Bréfritari: Páll Sigurðsson
Viðtakandi: Jón Borgfirðingur
Dagsetning: A-1868-02-22
Skrifað á: Árkvörn  Rang.

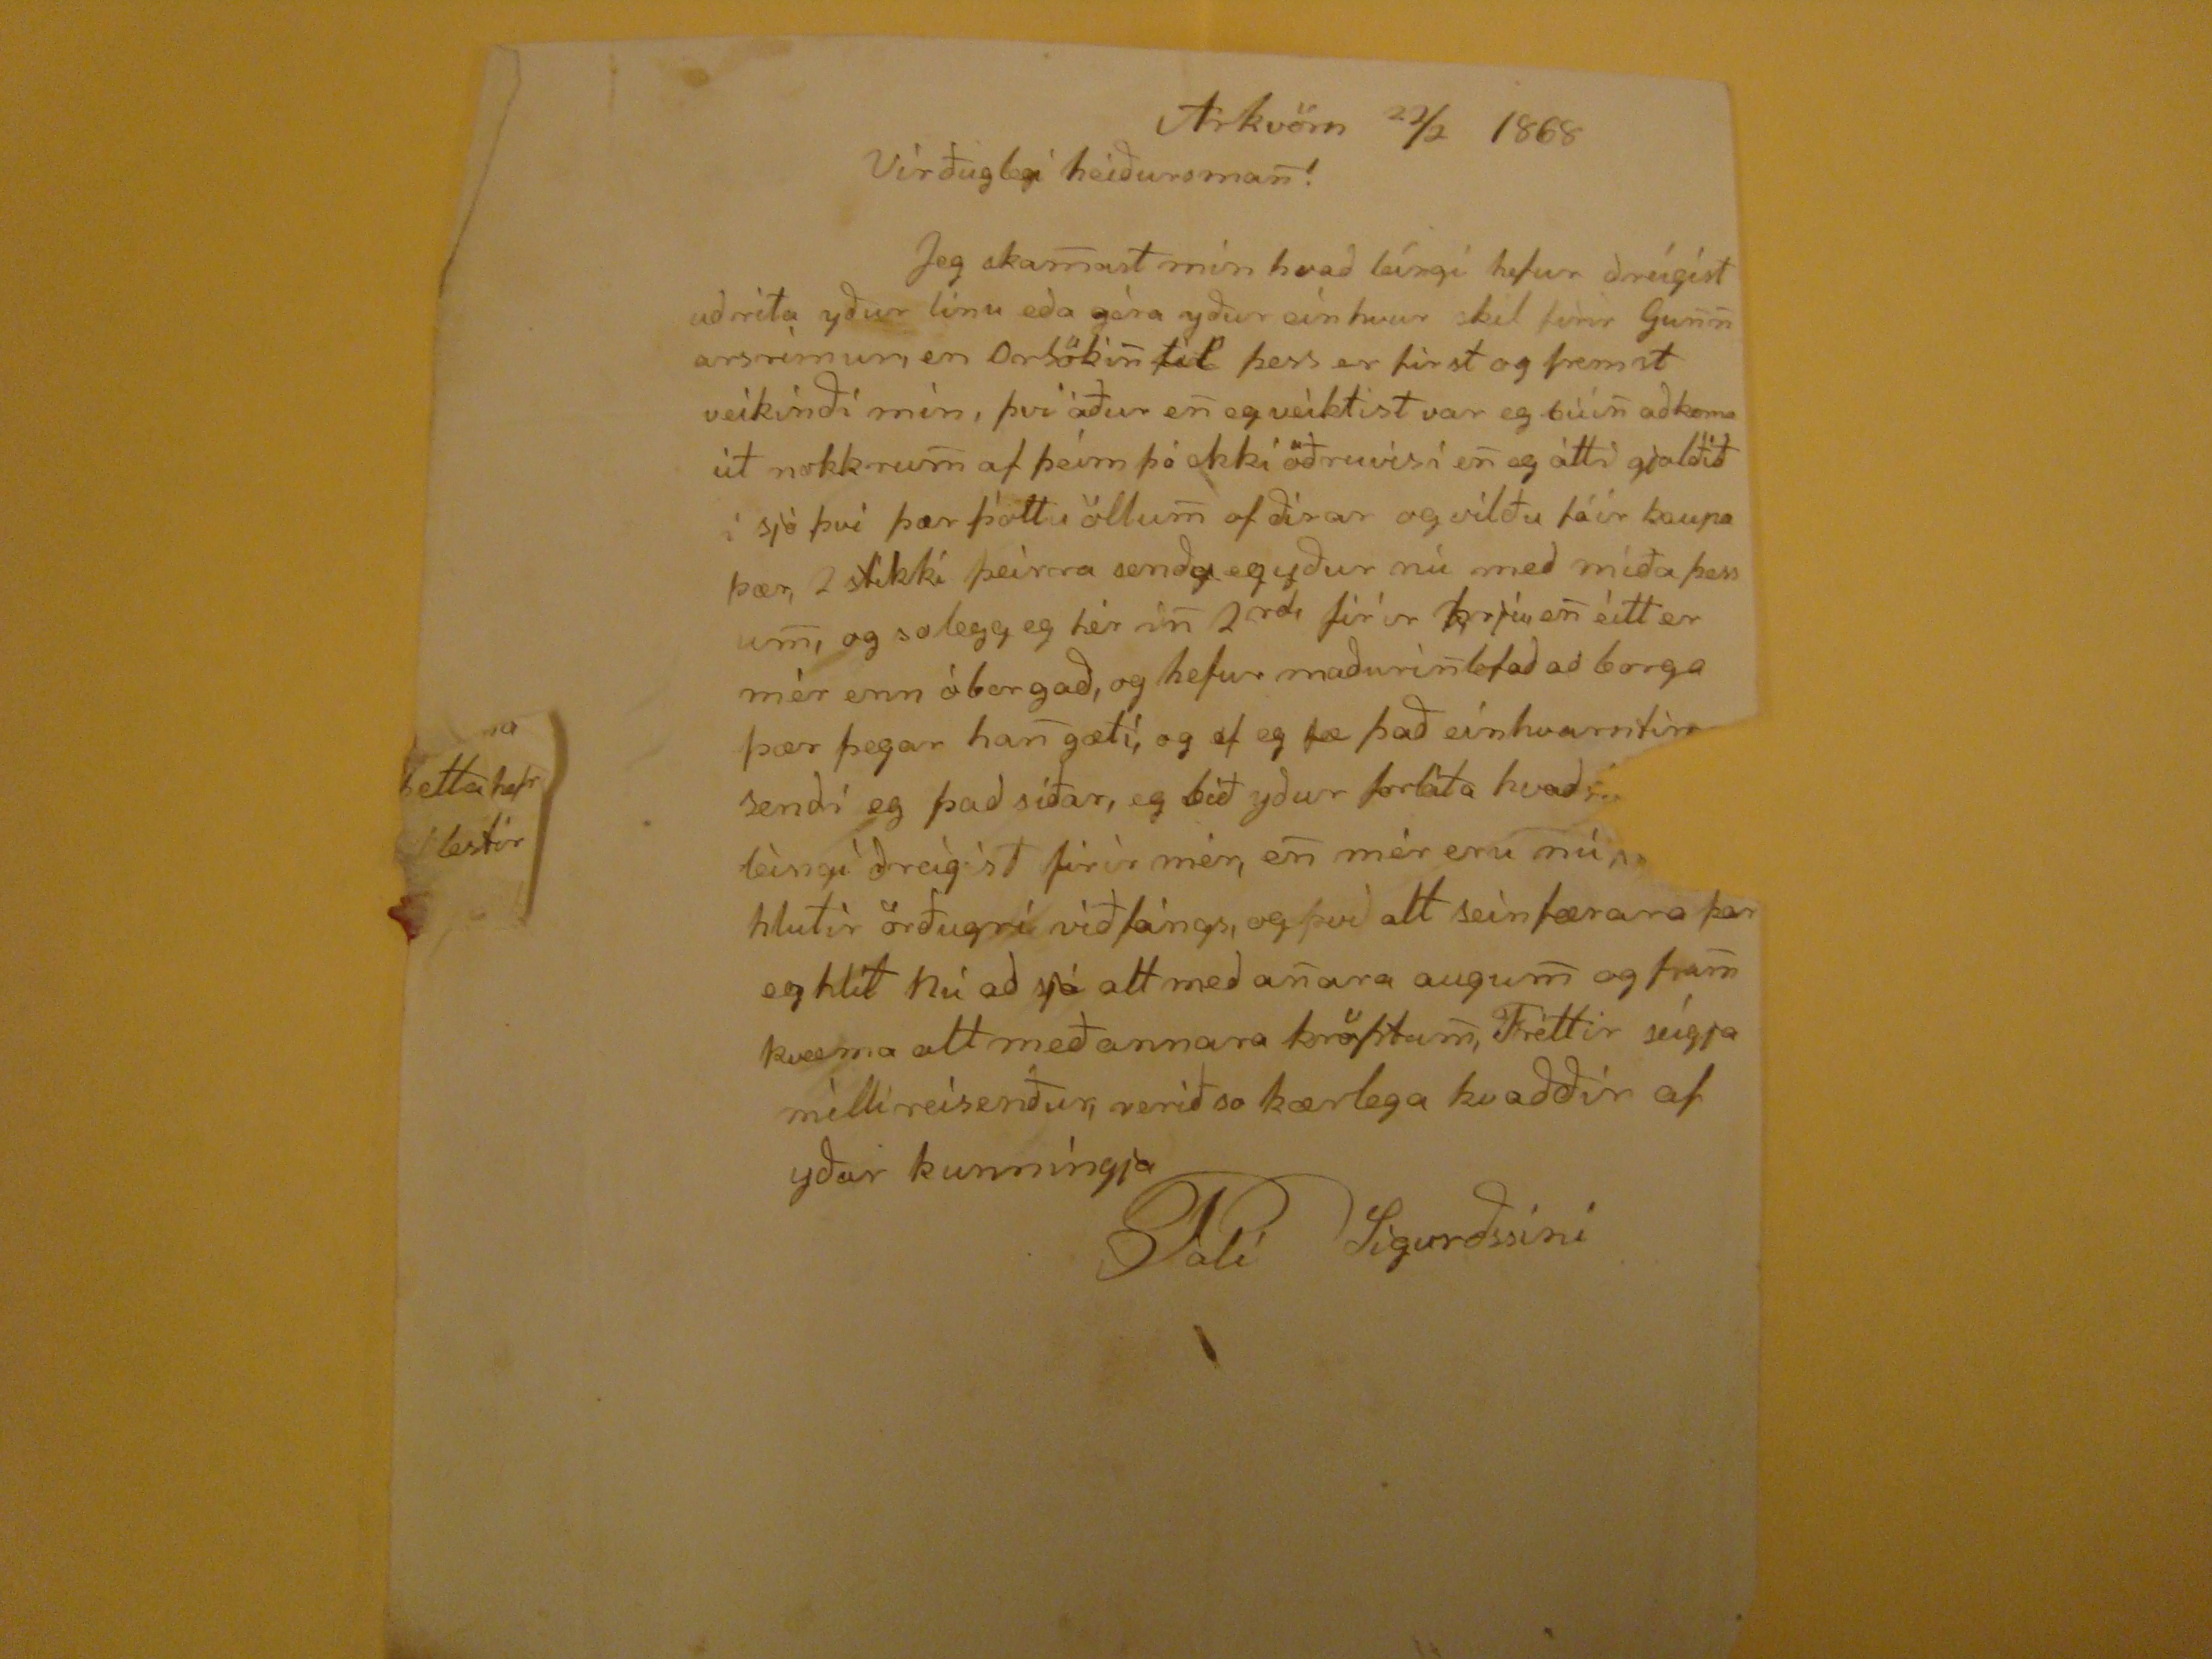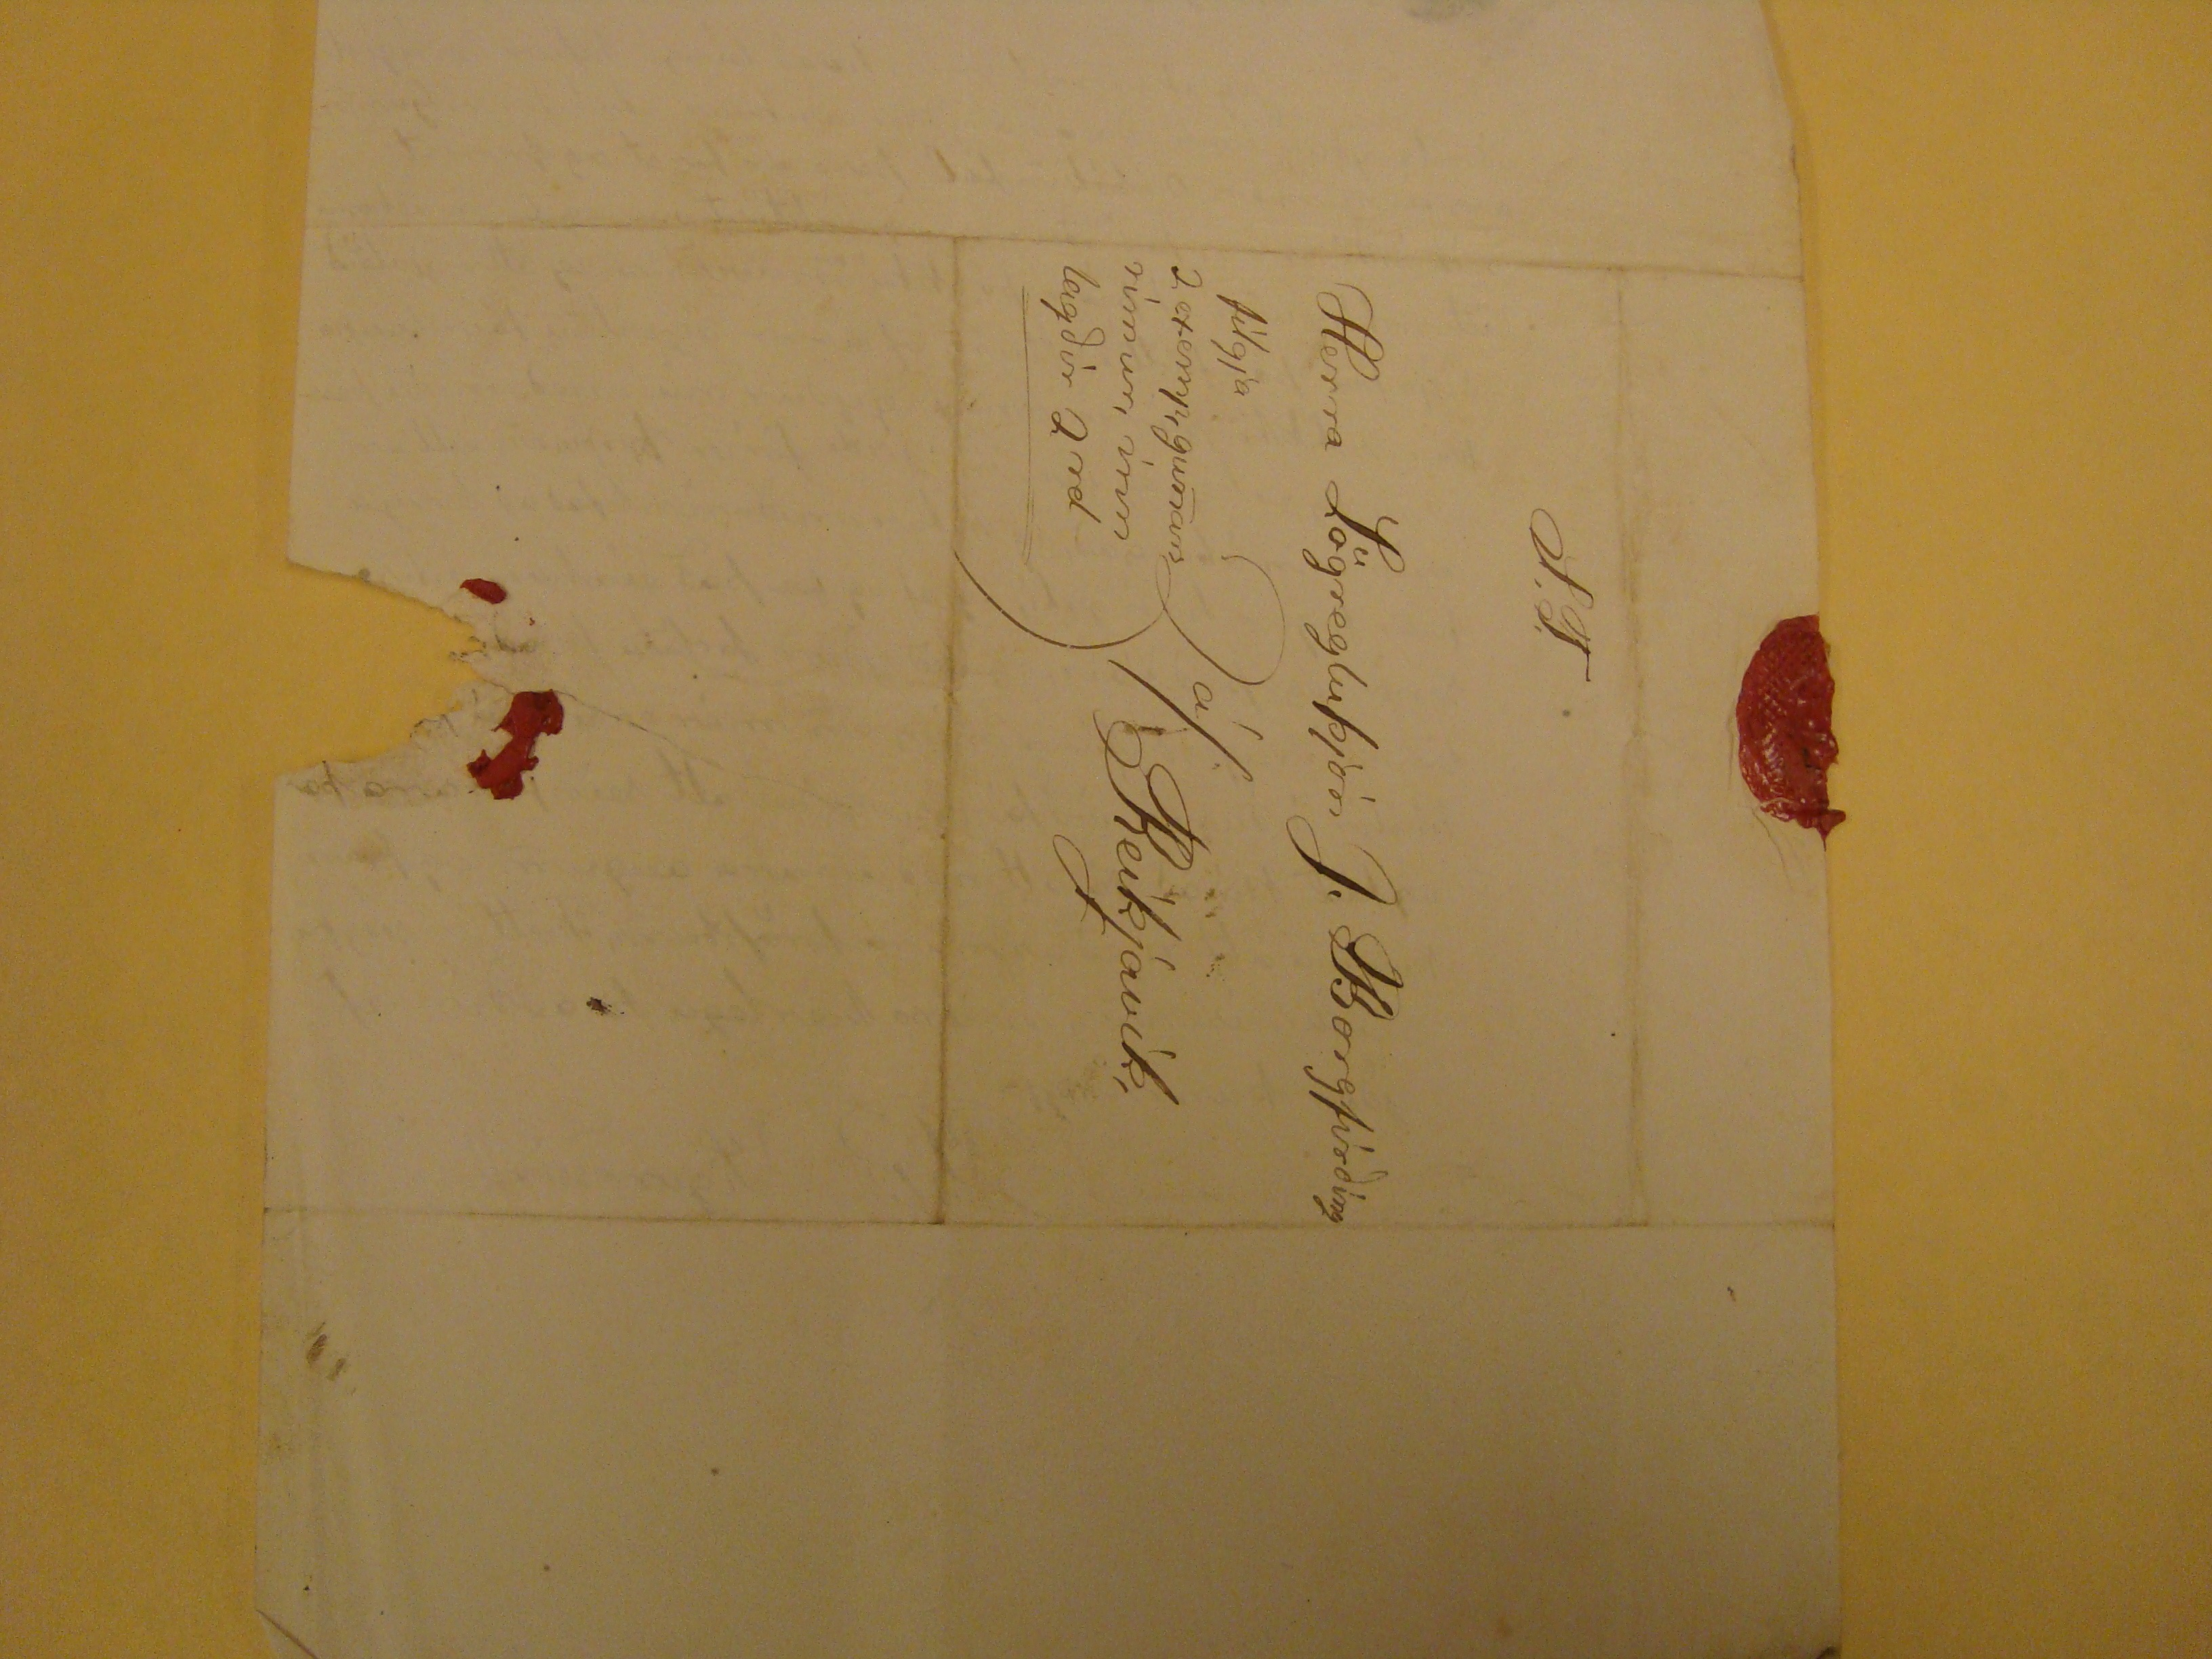

Arkvörn 22/2 1868
Virðuglegi heidursman!
Jeg skamast mín hvad leíngi hefur dreígíst ad rita ydur línu eda gèra ydur einhvar skil fìrir Gunnarsrìmur, en Orsökin til þess er first og fremst veíkíndi mìn, því áður en eg veíktist var eg búin ad koma út nokkurn af þeim þó ekki öðruvísi en eg átti gjalðið í sjó því þær þótti öllum of dírar og vilðu fáir kaupa þær, 2 stikki þeirra sendy eg ydur nú med miða þessum, og solegg eg hér in 2
rd
firir þrjú, en eitt er mér enn óborgad, og hefur madurin lofad ad borga þær þegar han gæti, og ef eg fæ þad einhvarntim
sendi eg þad síðar, eg bið ydur forláta hvad
leìngì dreìgist firir mér, en mér eru nú
hlutir örðugrí víðfángs, og því alt seinfærara þar eg hlít nú ad sjá alt med anara augum og fram kvæma alt með annara kröftum, Fréttir seígja mílli reisenður, verið so kærlega kvaddir af ydar kunnìngja
Pali Sigurdssini
Herra Lögregluþjón J. Borgfirding
á/Reykjavík,
filgja 2 exemp, gunars rímur, ínn lagdir 2
rd